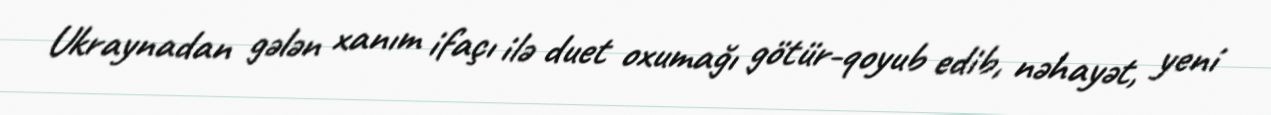
Ukraynadan gələn xanım ifaçı ilə duet oxumağı götür-qoyub edib, nəhayət, yeni